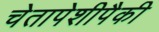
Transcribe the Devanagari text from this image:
चेतापेशीपैकी